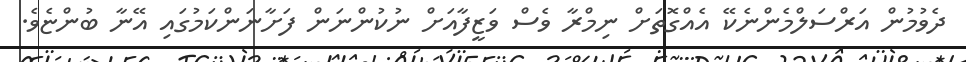
ދެވުމުން އަރްސަލްމެންނެކޭ އެއްގޮތަށް ނިމްރާ ވެސް ވަޒީފާއަށް ނުކުންނަން ފަށާނަންކަމުގައި އޭނާ ބުންޏެވެ.